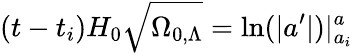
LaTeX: (t-t_{i})H_{0}{\sqrt{\Omega_{0,\Lambda}}}=\mathrm{ln}(|a^{\prime}|)|_{a_{i}}^{a}